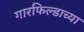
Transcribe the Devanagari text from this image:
गारफिल्डाच्या